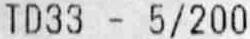
TD33 - 5/200